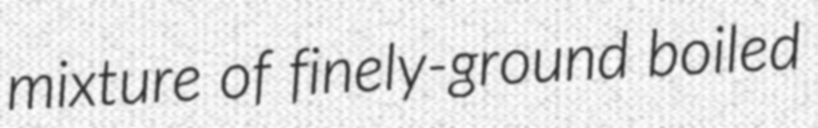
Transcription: mixture of finely-ground boiled